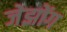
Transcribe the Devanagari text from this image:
जेझोंग